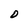
Character: D